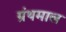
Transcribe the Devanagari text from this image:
ग्रंथमाल